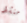
منشط